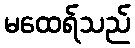
မထေရ်သည်